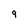
Character: 9